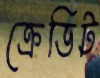
ক্রেডিট